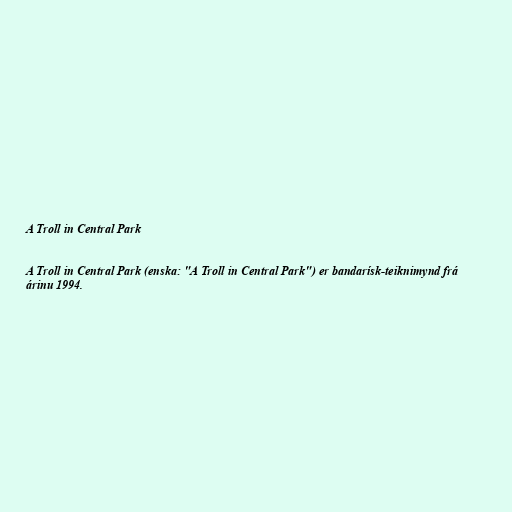
A Troll in Central Park

A Troll in Central Park (enska: "A Troll in Central Park") er bandarísk-teiknimynd frá
árinu 1994.